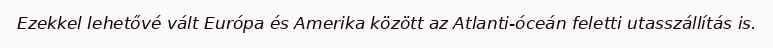
Ezekkel lehetővé vált Európa és Amerika között az Atlanti-óceán feletti utasszállítás is.